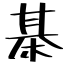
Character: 棊